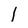
Character: l